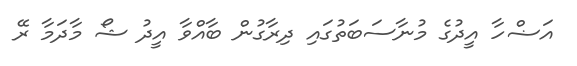
އަޟްހާ އީދުގެ މުނާސަބަތުގައި ދިރާގުން ބާއްވާ އީދު ޝޯ މާދަމާ ރޭ